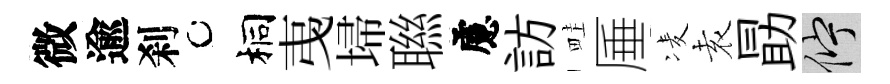
微逾刹桐𢎯埽聮慮訪畦厜凌𡊮勗伫